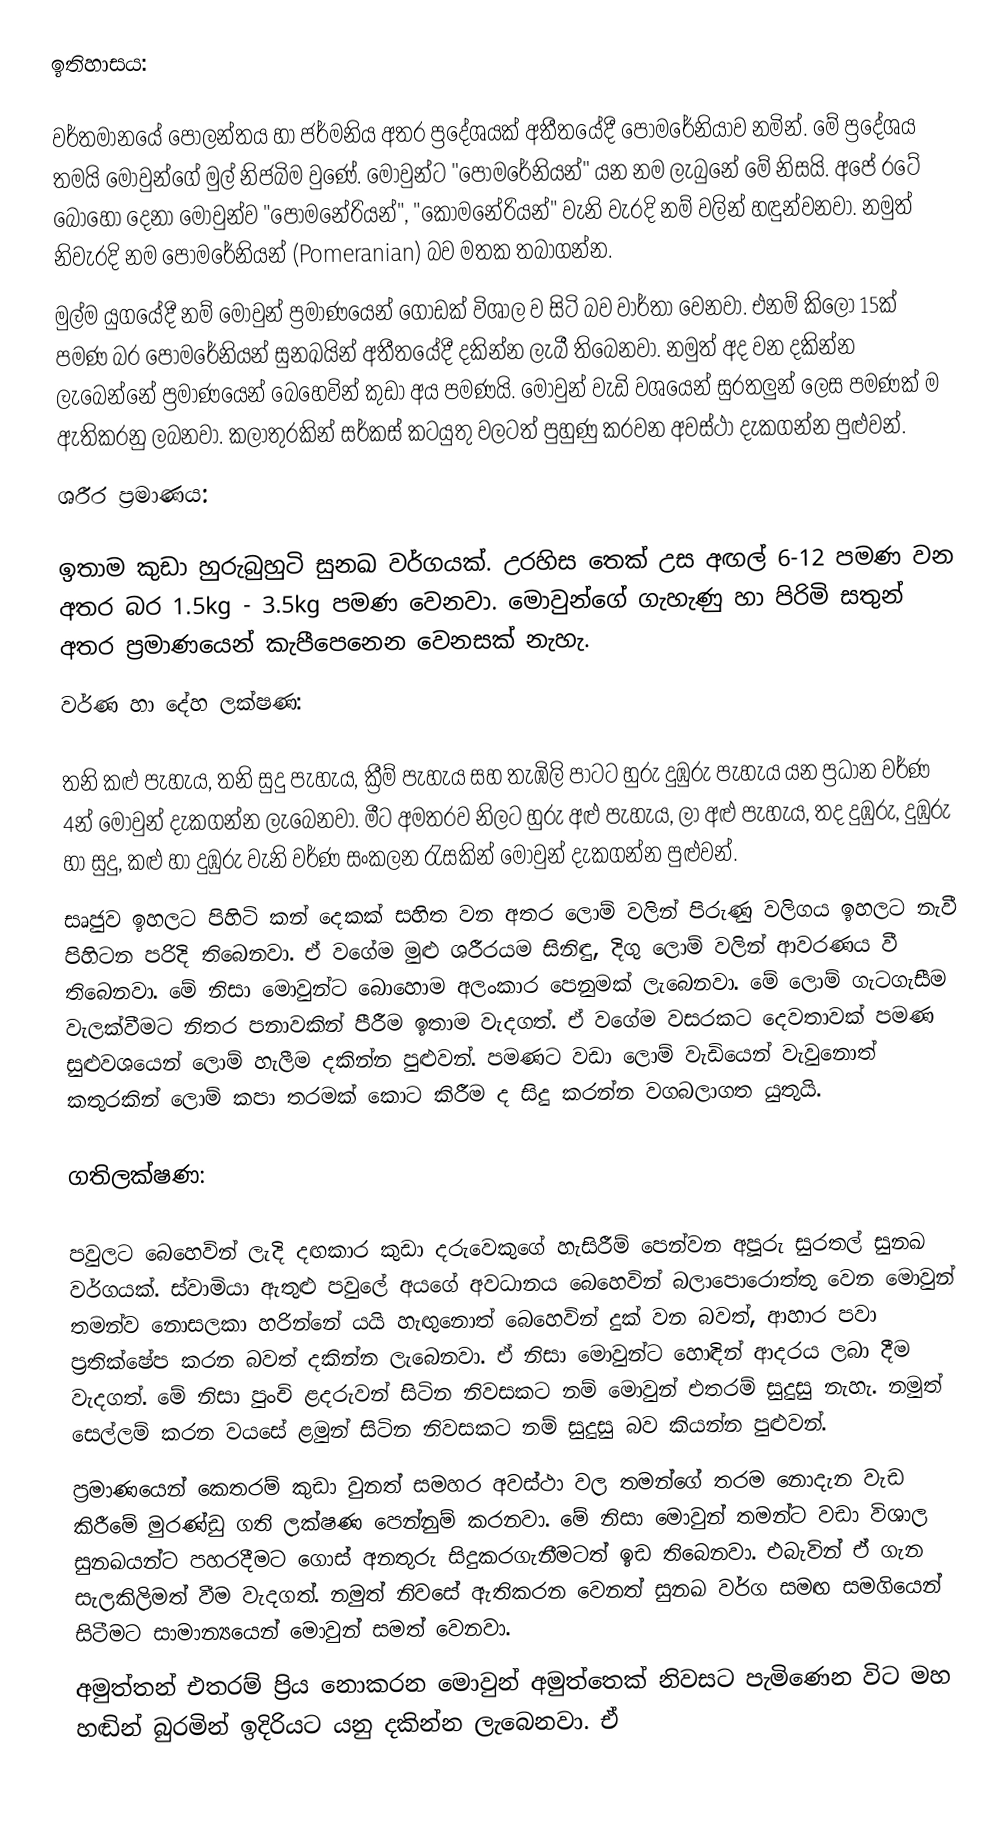
ඉතිහාසය:

වර්තමානයේ පෝලන්තය හා ජර්මනිය අතර ප්‍රදේශයක් අතීතයේදී පොමරේනියාව නමින්. මේ ප්‍රදේශය තමයි මොවුන්ගේ මුල් නිජබිම වුණේ. මොවුන්ට "පොමරේනියන්" යන නම ලැබුනේ මේ නිසයි. අපේ රටේ බොහෝ දෙනා මොවුන්ව "පොමනේරියන්", "කොමනේරියන්" වැනි වැරදි නම් වලින් හඳුන්වනවා. නමුත් නිවැරදි නම පොමරේනියන් (Pomeranian) බව මතක තබාගන්න.
මුල්ම යුගයේදී නම් මොවුන් ප්‍රමාණයෙන් ගොඩක් විශාල ව සිටි බව වාර්තා වෙනවා. එනම් කිලෝ 15ක් පමණ බර පොමරේනියන් සුනඛයින් අතීතයේදී දකින්න ලැබී තිබෙනවා. නමුත් අද වන දකින්න ලැබෙන්නේ ප්‍රමාණයෙන් බෙහෙවින් කුඩා අය පමණයි. මොවුන් වැඩි වශයෙන් සුරතලුන් ලෙස පමණක් ම ඇතිකරනු ලබනවා. කලාතුරකින් සර්කස් කටයුතු වලටත් පුහුණු කරවන අවස්ථා දැකගන්න පුළුවන්.
ශරීර ප්‍රමාණය:

ඉතාම කුඩා හුරුබුහුටි සුනඛ වර්ගයක්. උරහිස තෙක් උස අඟල් 6-12 පමණ වන අතර බර 1.5kg - 3.5kg පමණ වෙනවා. මොවුන්ගේ ගැහැණු හා පිරිමි සතුන් අතර ප්‍රමාණයෙන් කැපීපෙනෙන වෙනසක් නැහැ.
වර්ණ හා දේහ ලක්ෂණ:

තනි කළු පැහැය, තනි සුදු පැහැය, ක්‍රීම් පැහැය සහ තැඹිලි පාටට හුරු දුඹුරු පැහැය යන ප්‍රධාන වර්ණ 4න් මොවුන් දැකගන්න ලැබෙනවා. මීට අමතරව නිලට හුරු අළු පැහැය, ලා අළු පැහැය, තද දුඹුරු, දුඹුරු හා සුදු, කළු හා දුඹුරු වැනි වර්ණ සංකලන රැසකින් මොවුන් දැකගන්න පුළුවන්.
සෘජුව ඉහලට පිහිටි කන් දෙකක් සහිත වන අතර ලොම් වලින් පිරුණු වලිගය ඉහලට නැවී පිහිටන පරිදි තිබෙනවා. ඒ වගේම මුළු ශරීරයම සිනිඳු, දිගු ලොම් වලින් ආවරණය වී තිබෙනවා. මේ නිසා මොවුන්ට බොහොම අලංකාර පෙනුමක් ලැබෙනවා. මේ ලොම් ගැටගැසීම වැලක්වීමට නිතර පනාවකින් පීරීම ඉතාම වැදගත්. ඒ වගේම වසරකට දෙවතාවක් පමණ සුළුවශයෙන් ලොම් හැලීම දකින්න පුළුවන්. පමණට වඩා ලොම් වැඩියෙන් වැවුනොත් කතුරකින් ලොම් කපා තරමක් කොට කිරීම ද සිදු කරන්න වගබලාගත යුතුයි.

ගතිලක්ෂණ:

පවුලට බෙහෙවින් ලැදි දඟකාර කුඩා දරුවෙකුගේ හැසිරීම් පෙන්වන අපූරු සුරතල් සුනඛ වර්ගයක්. ස්වාමියා ඇතුළු පවුලේ අයගේ අවධානය බෙහෙවින් බලාපොරොත්තු වෙන මොවුන් තමන්ව නොසලකා හරින්නේ යයි හැඟුනොත් බෙහෙවින් දුක් වන බවත්, ආහාර පවා ප්‍රතික්ෂේප කරන බවත් දකින්න ලැබෙනවා. ඒ නිසා මොවුන්ට හොඳින් ආදරය ලබා දීම වැදගත්. මේ නිසා පුංචි ළදරුවන් සිටින නිවසකට නම් මොවුන් එතරම් සුදුසු නැහැ. නමුත් සෙල්ලම් කරන වයසේ ළමුන් සිටින නිවසකට නම් සුදුසු බව කියන්න පුළුවන්.
ප්‍රමාණයෙන් කෙතරම් කුඩා වුනත් සමහර අවස්ථා වල තමන්ගේ තරම නොදැන වැඩ කිරීමේ මුරණ්ඩු ගති ලක්ෂණ පෙන්නුම් කරනවා. මේ නිසා මොවුන් තමන්ට වඩා විශාල සුනඛයන්ට පහරදීමට ගොස් අනතුරු සිදුකරගැනීමටත් ඉඩ තිබෙනවා. එබැවින් ඒ ගැන සැලකිලිමත් වීම වැදගත්. නමුත් නිවසේ ඇතිකරන වෙනත් සුනඛ වර්ග සමඟ සමගියෙන් සිටීමට සාමාන්‍යයෙන් මොවුන් සමත් වෙනවා.
අමුත්තන් එතරම් ප්‍රිය නොකරන මොවුන් අමුත්තෙක් නිවසට පැමිණෙන විට මහ හඬින් බුරමින් ඉදිරියට යනු දකින්න ලැබෙනවා. ඒ